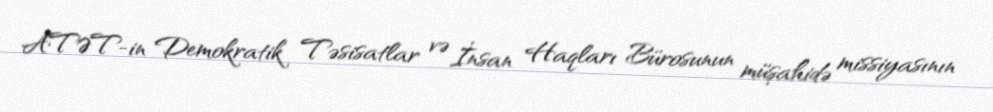
ATƏT-in Demokratik Təsisatlar və İnsan Haqları Bürosunun müşahidə missiyasının